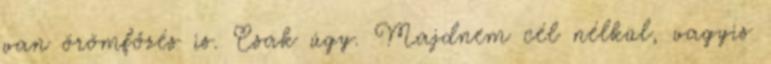
van örömfőzés is. Csak úgy. Majdnem cél nélkül, vagyis